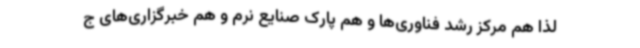
لذا هم مرکز رشد فناوری‌ها و هم پارک صنایع نرم و هم خبرگزاری‌های ج